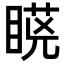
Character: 𭿆